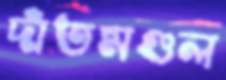
দাঁতমণ্ডল